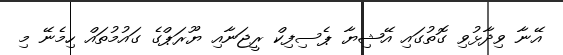
އޭނާ ވިދާޅުވި ގޮތުގައި އޭޝިޔާ ޕެސިފިކް ރީޖަނާއި ޔޫރަޕްގެ ގައުމުތައް ހިމެނޭ މި